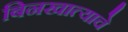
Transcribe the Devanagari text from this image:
बिनखात्याचे